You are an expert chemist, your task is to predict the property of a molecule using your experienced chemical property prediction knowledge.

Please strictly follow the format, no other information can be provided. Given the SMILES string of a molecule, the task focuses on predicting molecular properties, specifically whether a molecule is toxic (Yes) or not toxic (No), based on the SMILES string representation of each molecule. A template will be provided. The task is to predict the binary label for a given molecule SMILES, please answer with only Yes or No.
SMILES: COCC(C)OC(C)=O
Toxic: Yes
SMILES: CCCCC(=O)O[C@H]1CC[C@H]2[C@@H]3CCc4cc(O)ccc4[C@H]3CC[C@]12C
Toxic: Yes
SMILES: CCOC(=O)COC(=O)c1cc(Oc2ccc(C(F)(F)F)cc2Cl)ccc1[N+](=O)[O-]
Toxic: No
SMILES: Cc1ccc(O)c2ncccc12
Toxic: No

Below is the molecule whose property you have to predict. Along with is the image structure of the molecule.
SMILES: NC(=O)c1ccc(N)cc1
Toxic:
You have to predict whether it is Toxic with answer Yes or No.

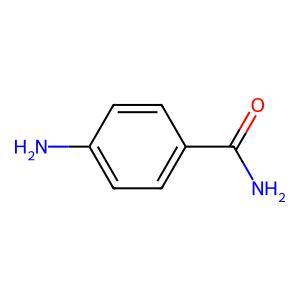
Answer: No